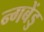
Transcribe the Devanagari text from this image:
न्गबेंडु